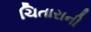
ચિતારાની